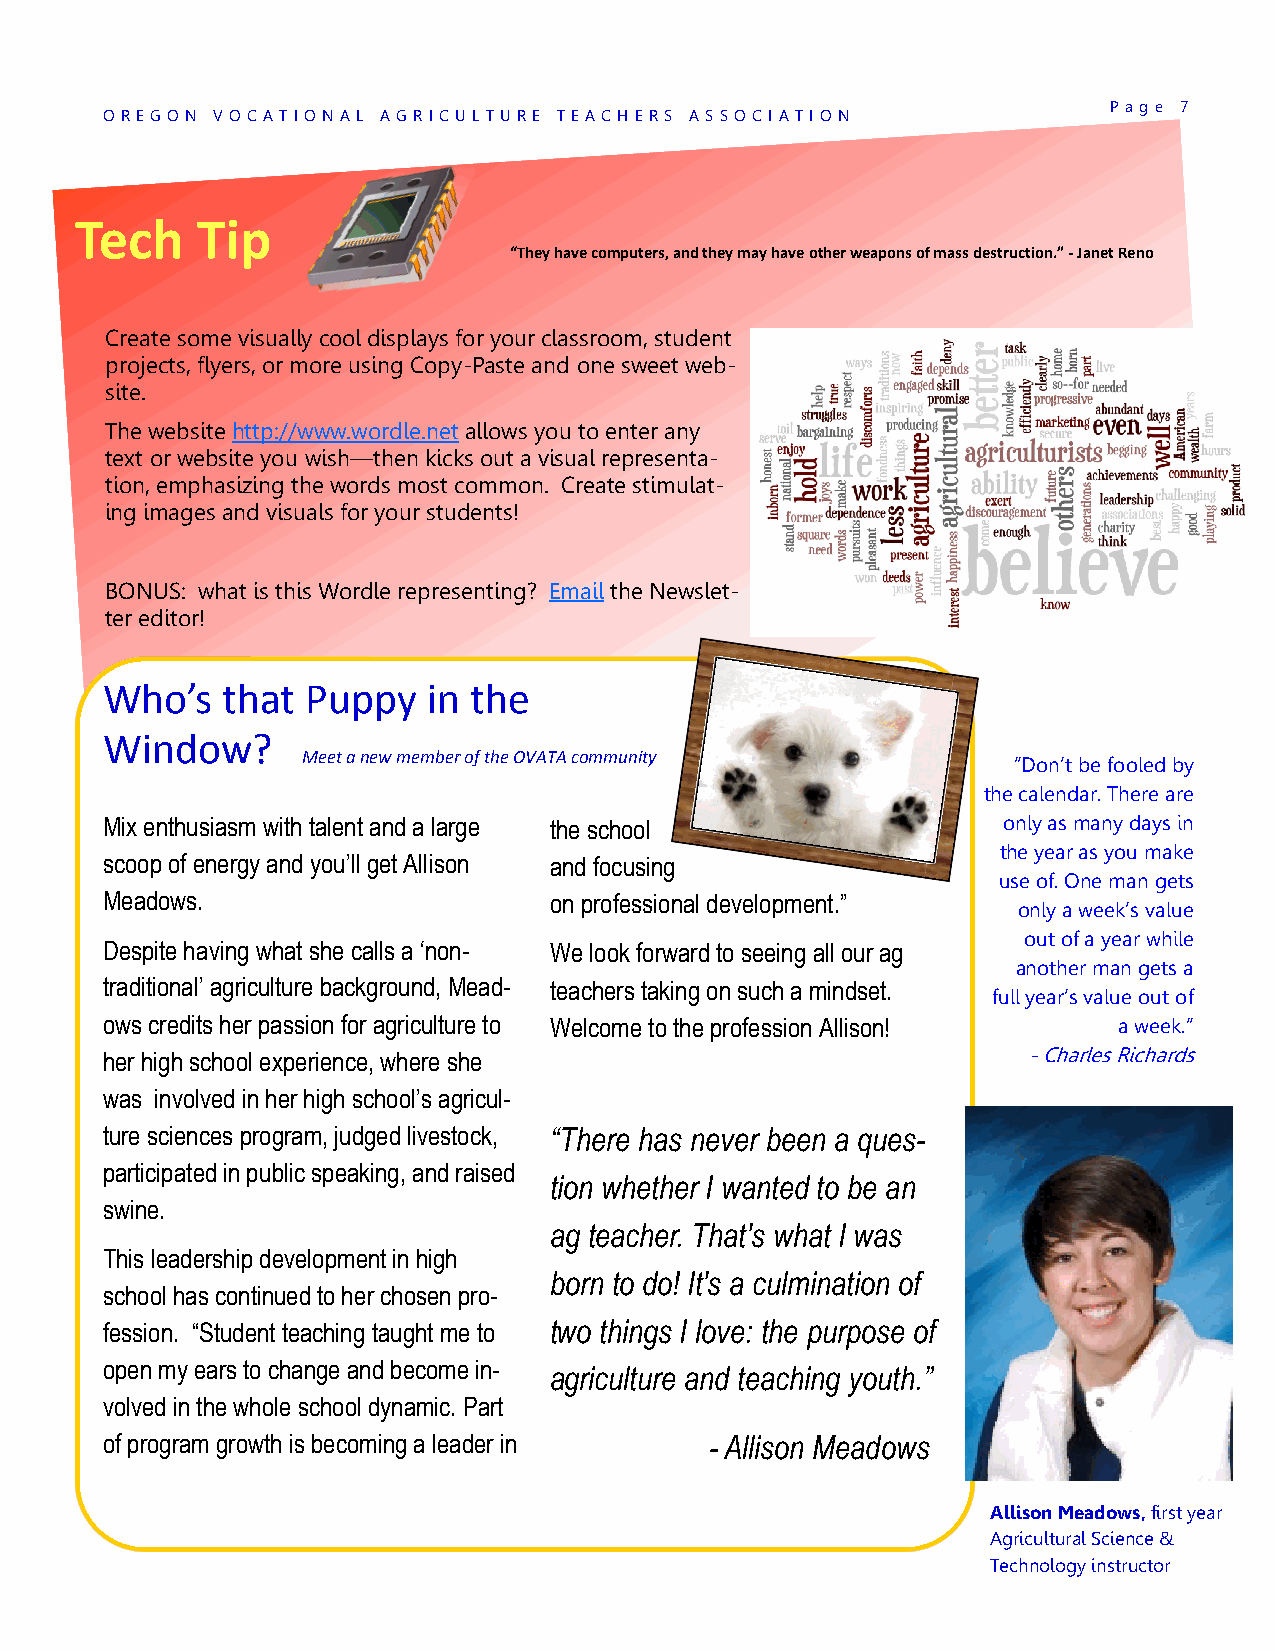
P a g e 7
 O REG O N V O CAT IO NA L AG RICU L TU RE TEA CHERS AS SO CI AT IO N
 Tech    Tip
 “They have computers, and they may have other weapons of mass destruction.” - Janet Reno
 Create some visually cool displays for your classroom, student
 projects, flyers, or more using Copy-Paste and one sweet web-
 site.
 The website http://www.wordle.net allows you to enter any
 text or website you wish—then kicks out a visual representa-
 tion, emphasizing the words most common. Create stimulat-
 ing images and visuals for your students!
 BONUS: what is this Wordle representing? Email the Newslet-
 ter editor!
 Who’s   that Puppy   in the
 Window?
 Meet a new member of the OVATA community
 ‖Don‘t be fooled by
 the calendar. There are
 Mix enthusiasm with talent and a large the school          only as many days in
 the year as you make
 scoop of energy and you‟ll get Allison and focusing
 use of. One man gets
 Meadows.                     on professional development.”
 only a week‘s value
 out of a year while
 Despite having what she calls a „non- We look forward to seeing all our ag
 another man gets a
 traditional‟ agriculture background, Mead- teachers taking on such a mindset.
 full year‘s value out of
 ows credits her passion for agriculture to Welcome to the profession Allison! a week.‖
 her high school experience, where she                        - Charles Richards
 was involved in her high school‟s agricul-
 ture sciences program, judged livestock, “There has never been a ques-
 participated in public speaking, and raised
 tion whether I wanted to be an
 swine.
 ag teacher. That's what I was
 This leadership development in high
 born to do! It's a culmination of
 school has continued to her chosen pro-
 fession. “Student teaching taught me to two things I love: the purpose of
 open my ears to change and become in- agriculture and teaching youth.”
 volved in the whole school dynamic. Part
 of program growth is becoming a leader in - Allison Meadows
 Allison Meadows, first year
 Agricultural Science &
 Technology instructor